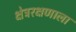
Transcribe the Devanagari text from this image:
क्षेत्ररक्षणाला